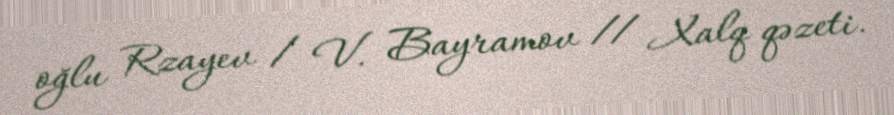
oğlu Rzayev / V. Bayramov // Xalq qəzeti.